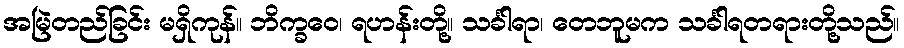
အမြဲတည်ခြင်း မရှိကုန်။ ဘိက္ခဝေ၊ ရဟန်းတို့။ သင်္ခါရာ၊ တေဘူမက သင်္ခါရတရားတို့သည်။